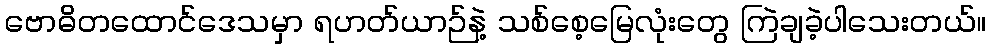
ဗောဓိတထောင်ဒေသမှာ ရဟတ်ယာဉ်နဲ့ သစ်စေ့မြေလုံးတွေ ကြဲချခဲ့ပါသေးတယ်။